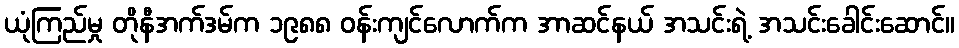
ယုံကြည်မှု တိုနီအက်ဒမ်က ၁၉၈၈ ဝန်းကျင်လောက်က အာဆင်နယ် အသင်းရဲ့ အသင်းခေါင်းဆောင်။